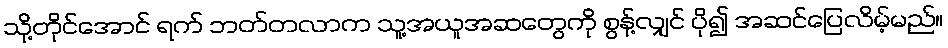
သို့တိုင်အောင် ရက် ဘတ်တလာက သူ့အယူအဆတွေကို စွန့်လျှင် ပို၍ အဆင်ပြေလိမ့်မည်။